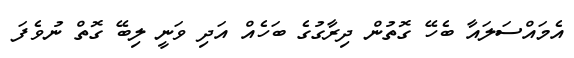
އެމައްސަލައާ ބެހޭ ގޮތުން ދިރާގުގެ ބަހެއް އަދި ވަނީ ލިބޭ ގޮތް ނުވެފަ